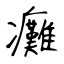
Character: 癱